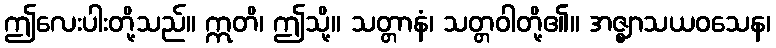
ဤလေးပါးတို့သည်။ ဣတိ၊ ဤသို့။ သတ္တာနံ၊ သတ္တဝါတို့၏။ အဇ္ဈာသယဝသေန၊